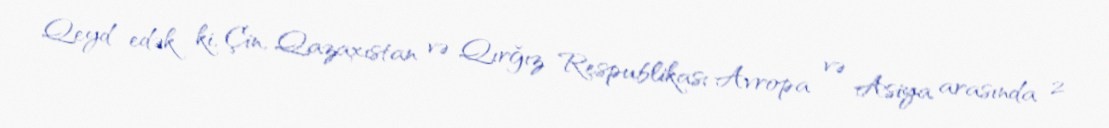
Qeyd edək ki, Çin, Qazaxıstan və Qırğız Respublikası Avropa və Asiya arasında 2